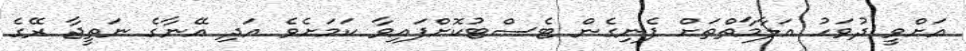
އަށްވީ ދުވަހު އަލާމާތްތަށް ފެނިގެން ޓެސްޓުކޮށްފައިވާ ކަމަށެވެ އަދި އޭނާގެ ނަތީޖާ ރޭގެ